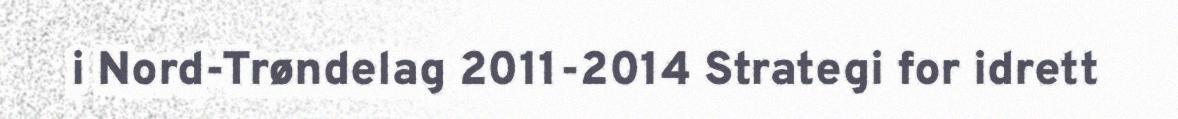
i Nord-Trøndelag 2011-2014 Strategi for idrett